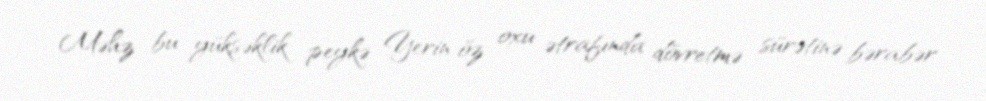
Məhz bu yüksəklik peykə Yerin öz oxu ətrafında dövretmə sürətinə bərabər